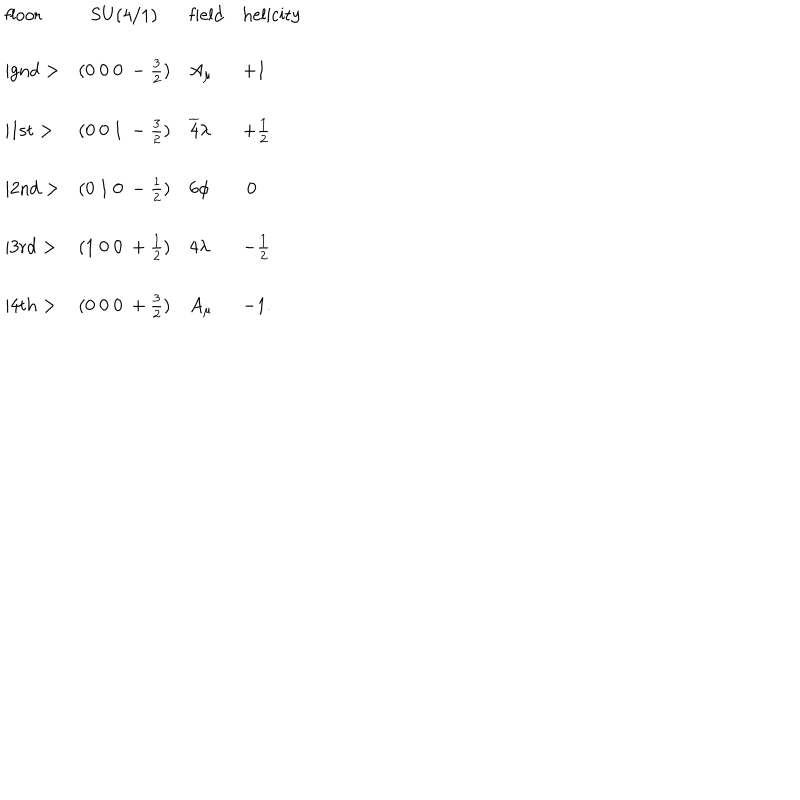
\begin{array} { l c l l } { { \mathrm { f l o o r } } } & { { \mathrm { S U ( 4 / 1 ) } } } & { { \mathrm { f i e l d } } } & { { \mathrm { h e l i c i t y } } } \\ { { \mid \mathrm { g n d } > } } & { { ( 0 ~ 0 ~ 0 ~ - \frac { 3 } { 2 } ) } } & { { A _ { \mu } } } & { { + 1 } } \\ { { \mid \mathrm { 1 s t } > } } & { { ( 0 ~ 0 ~ 1 ~ - \frac { 3 } { 2 } ) } } & { { \overline { { 4 } } \lambda } } & { { + \frac { 1 } { 2 } } } \\ { { \mid \mathrm { 2 n d } > } } & { { ( 0 ~ 1 ~ 0 ~ - \frac { 1 } { 2 } ) } } & { { 6 \phi } } & { { ~ 0 } } \\ { { \mid \mathrm { 3 r d } > } } & { { ( 1 ~ 0 ~ 0 ~ + \frac { 1 } { 2 } ) } } & { { 4 \lambda } } & { { - \frac { 1 } { 2 } } } \\ { { \mid \mathrm { 4 t h } > } } & { { ( 0 ~ 0 ~ 0 ~ + \frac { 3 } { 2 } ) } } & { { A _ { \mu } } } & { { - 1 . } } \\ \end{array}